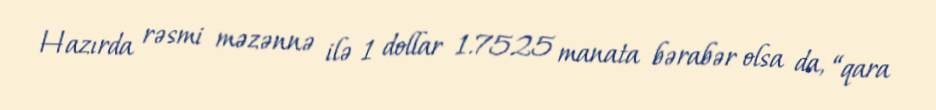
Hazırda rəsmi məzənnə ilə 1 dollar 1.7525 manata bərabər olsa da, “qara